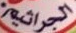
الجراثيم